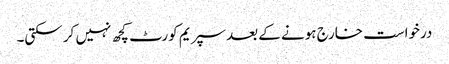
درخواست خارج ہونے کے بعد سپریم کورٹ کچھ نہیں کر سکتی۔